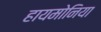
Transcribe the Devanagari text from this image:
हायमोनिया